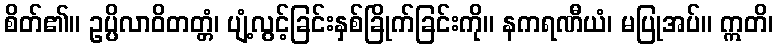
စိတ်၏။ ဥပ္ပိလာဝိတတ္တံ၊ ပျံ့လွင့်ခြင်းနှစ်ခြိုက်ခြင်းကို။ နကရဏီယံ၊ မပြုအပ်။ ဣတိ၊